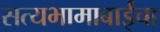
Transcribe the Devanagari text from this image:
सत्यभामाबाईंचा